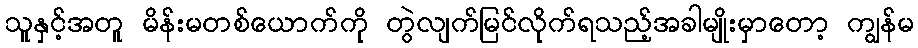
သူနှင့်အတူ မိန်းမတစ်ယောက်ကို တွဲလျက်မြင်လိုက်ရသည့်အခါမျိုးမှာတော့ ကျွန်မ